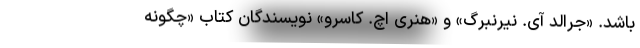
باشد. «جرالد آی. نیرنبرگ» و «هنری اچ. کاسرو» نویسندگان کتاب «چگونه